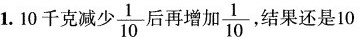
1.10千克减少\frac{1}{10}后再增加\frac{1}{10}，结果还是10